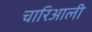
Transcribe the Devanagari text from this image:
चारिआली